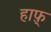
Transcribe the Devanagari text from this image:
हाफ़्